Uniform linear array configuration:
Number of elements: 12
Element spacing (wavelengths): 0.5
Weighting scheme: exponential
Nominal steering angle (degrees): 60
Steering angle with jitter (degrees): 58.85
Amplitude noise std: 0.05
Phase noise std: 0.05

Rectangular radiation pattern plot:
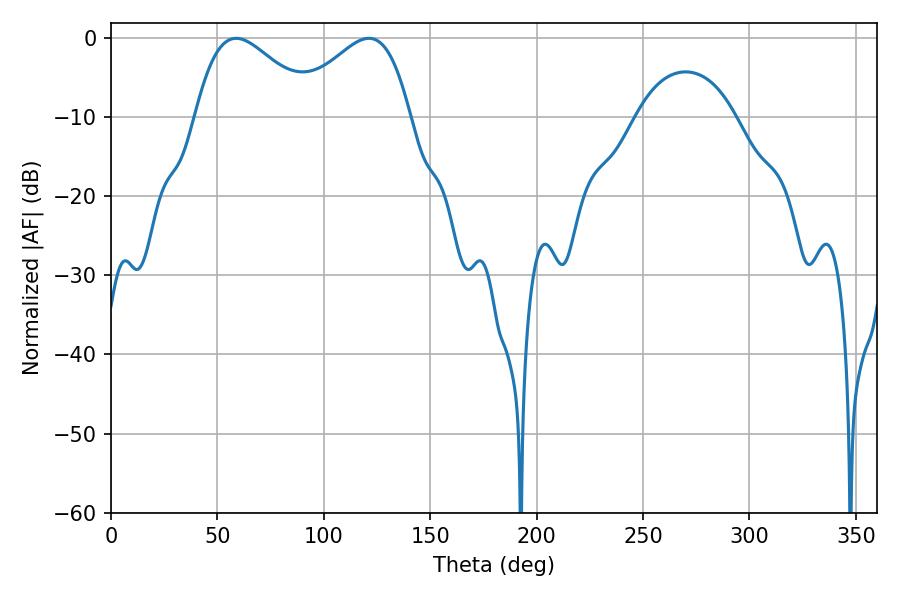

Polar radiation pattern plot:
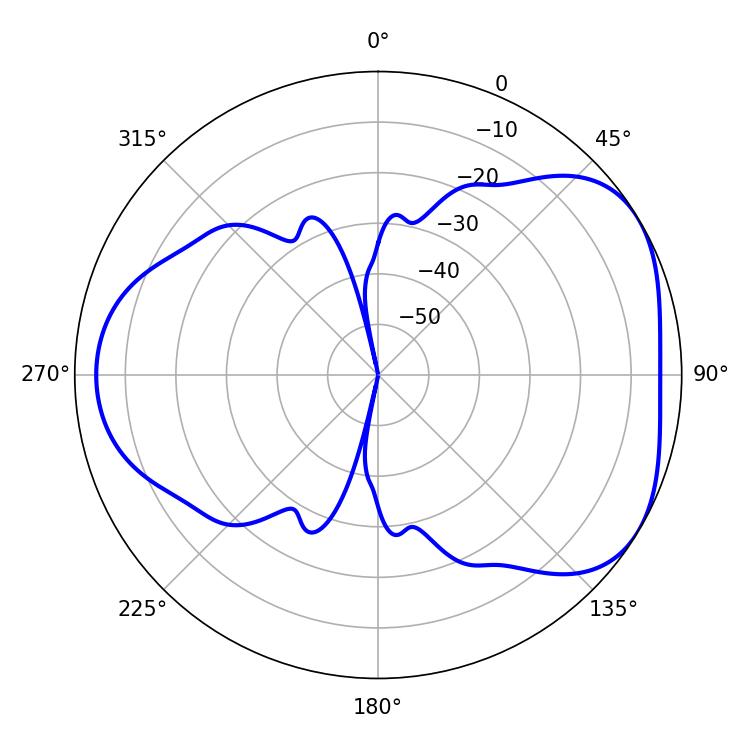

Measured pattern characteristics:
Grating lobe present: FALSE
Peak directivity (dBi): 4.394
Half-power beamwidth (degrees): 30.24
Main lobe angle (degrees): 58.86